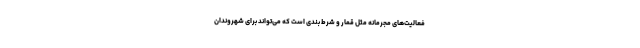
فعالیت‌های مجرمانه مثل قمار و شرط بندی است که می‌تواند برای شهروندان